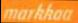
markkaa